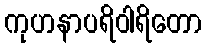
ကုဟနာပရိဝါရိတော